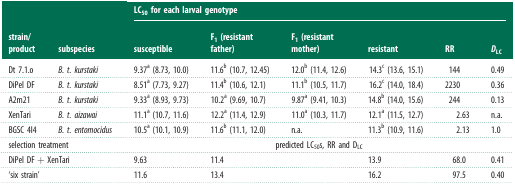
<table><thead><tr><td rowspan="2"><b>strain/product</b></td><td rowspan="2"><b>subspecies</b></td><td colspan="6"><b>LC<sub>50</sub> for each larval genotype</b></td></tr><tr><td><b>susceptible</b></td><td><b>F<sub>1</sub> (resistant father)</b></td><td><b>F<sub>1</sub> (resistant mother)</b></td><td><b>resistant</b></td><td><b>RR</b></td><td><b><i>D</i><sub>LC</sub></b></td></tr></thead><tbody><tr><td>Dt 7.1.o</td><td><i>B. t. kurstaki</i></td><td>9.37<sup>a</sup> (8.73, 10.0)</td><td>11.6<sup>b</sup> (10.7, 12.45)</td><td>12.0<sup>b</sup> (11.4, 12.6)</td><td>14.3<sup>c</sup> (13.6, 15.1)</td><td>144</td><td>0.49</td></tr><tr><td>DiPel DF</td><td><i>B. t. kurstaki</i></td><td>8.51<sup>a</sup> (7.73, 9.27)</td><td>11.4<sup>b</sup> (10.6, 12.1)</td><td>11.1<sup>b</sup> (10.5, 11.7)</td><td>16.2<sup>c</sup> (14.0, 18.4)</td><td>2230</td><td>0.36</td></tr><tr><td>A2m21</td><td><i>B. t. kurstaki</i></td><td>9.33<sup>a</sup> (8.93, 9.73)</td><td>10.2<sup>a</sup> (9.69, 10.7)</td><td>9.87<sup>a</sup> (9.41, 10.3)</td><td>14.8<sup>b</sup> (14.0, 15.6)</td><td>244</td><td>0.13</td></tr><tr><td>XenTari</td><td><i>B. t. aizawai</i></td><td>11.1<sup>a</sup> (10.7, 11.6)</td><td>12.2<sup>a</sup> (11.4, 12.9)</td><td>11.0<sup>a</sup> (10.3, 11.7)</td><td>12.1<sup>a</sup> (11.5, 12.7)</td><td>2.63</td><td>n.a.</td></tr><tr><td>BGSC 4I4</td><td><i>B. t. entomocidus</i></td><td>10.5<sup>a</sup> (10.1, 10.9)</td><td>11.6<sup>b</sup> (11.1, 12.0)</td><td>n.a.</td><td>11.3<sup>b</sup> (10.9, 11.6)</td><td>2.13</td><td>1.0</td></tr><tr><td colspan="2">selection treatment</td><td colspan="6">predicted LC<sub>50</sub>s, RR and D<sub>LC</sub></td></tr><tr><td colspan="2">DiPel DF + XenTari</td><td>9.63</td><td colspan="2">11.4</td><td>13.9</td><td>68.0</td><td>0.41</td></tr><tr><td colspan="2">‘six strain’</td><td>11.6</td><td colspan="2">13.4</td><td>16.2</td><td>97.5</td><td>0.40</td></tr></tbody></table>